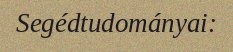
Segédtudományai: